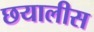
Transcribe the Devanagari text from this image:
छयालीस